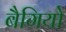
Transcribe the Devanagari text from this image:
बैगियो